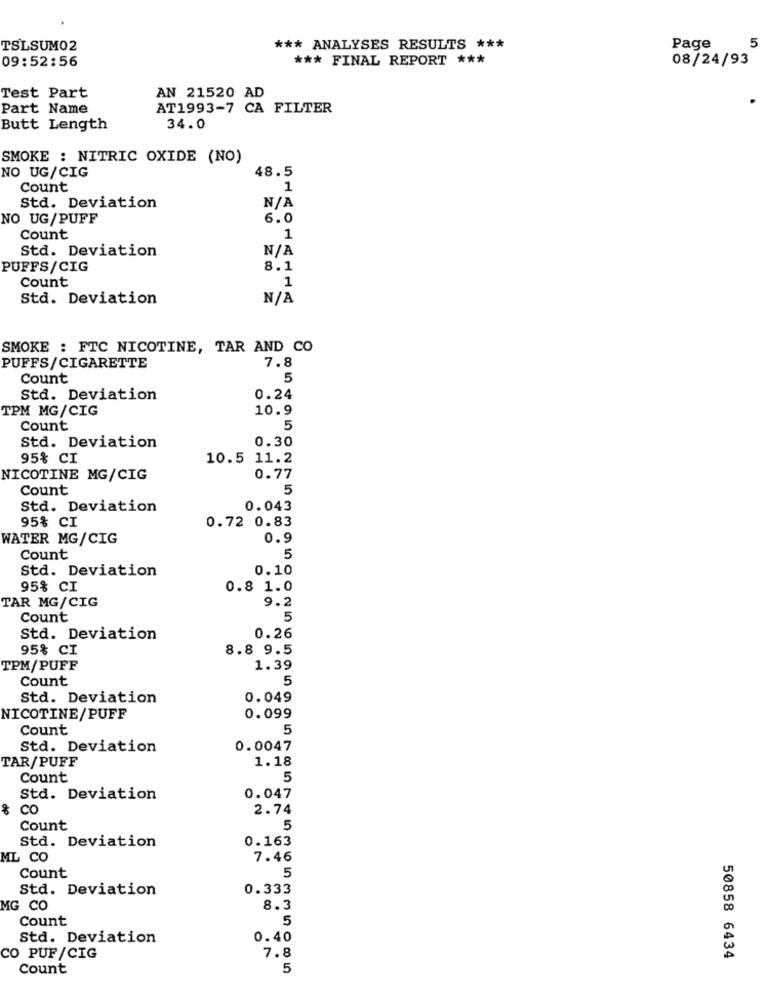
TSLSUM02
*** ANALYSES RESULTS ***
Page
5
09:52:56
*** FINAL REPORT ***
08/24/93
Test Part
AN 21520 AD
Part Name
AT1993-7 CA FILTER
Butt Length
34.0
SMOKE : NITRIC OXIDE (NO)
48.5
NO UG/CIG
Count
1
Std. Deviation
NO UG/PUFF
6.0
Count
1
Std. Deviation
PUFFS/CIG
8.1
Count
1
Std. Deviation
SMOKE : FTC NICOTINE, TAR AND CO
PUFFS/CIGARETTE
7.8
Count
5
Std. Deviation
0.24
TPM MG/CIG
10.9
Count
5
0.30
Std. Deviation
95% CI
10.5 11.2
NICOTINE MG/CIG
0.77
Count
5
Std. Deviation
0.043
95% CI
0.72 0.83
WATER MG/CIG
0.9
Count
5
Std. Deviation
0.10
95% CI
0.8 1.0
TAR MG/CIG
9.2
Count
5
Std. Deviation
0.26
95% CI
8.8 9.5
TPM/PUFF
1.39
Count
5
Std. Deviation
0.049
NICOTINE/PUFF
0.099
Count
5
Std. Deviation
0.0047
TAR/PUFF
1.18
Count
5
Std. Deviation
0.047
CO
2.74
Count
5
Std. Deviation
0.163
ML CO
7.46
Count
5
Std. Deviation
0.333
MG CO
8.3
Count
5
Std. Deviation
0.40
CO PUF/CIG
7.8
50858 6434
Count
5